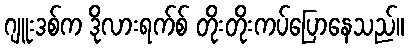
ဂျူးဒစ်က ဒိုလားရက်စ် တိုးတိုးကပ်ပြောနေသည်။